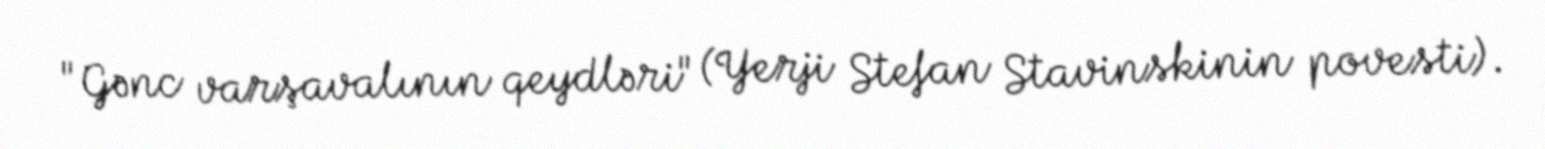
"Gənc varşavalının qeydləri" (Yerji Stefan Stavinskinin povesti).